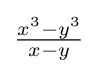
{\tfrac {x^{3}-y^{3}}{x-y}}